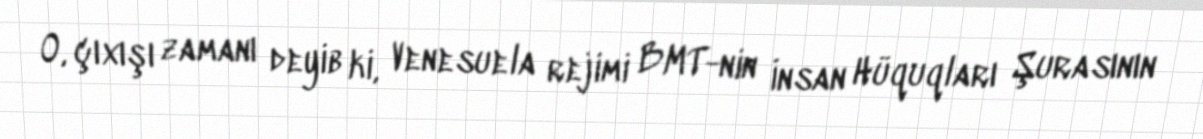
O, çıxışı zamanı deyib ki, Venesuela rejimi BMT-nin İnsan Hüquqları Şurasının